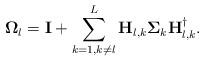
LaTeX: \begin{align*}\mathbf{\Omega}_{l}=\mathbf{I}+\sum_{k=1,k\ne l}^{L}\mathbf{H}_{l,k}\mathbf{\Sigma}_{k}\mathbf{H}_{l,k}^{\dagger}.\end{align*}